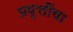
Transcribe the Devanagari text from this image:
प्रवृत्तींचा